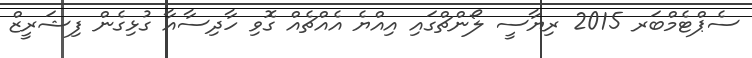
ސެޕްޓެމްބަރ 2015 ރިޔާސީ ލޯންޗްގައި އިއްޔެ އެއްޗެއް ގޮވި ހާދިސާއާ ގުޅިގެން ފިޝަރީޒް